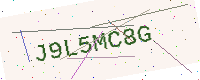
Text: J9L5MC8G